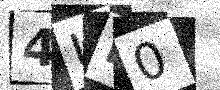
Text: 4UD0